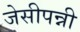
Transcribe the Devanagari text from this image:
जेसीपन्नी